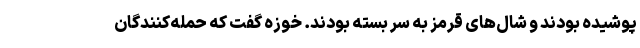
پوشیده بودند و شال‌های قرمز به سر بسته بودند. خوزه گفت که حمله‌کنندگان